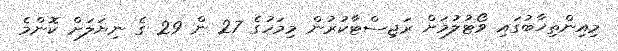
މިއިންތިޚާބުގައި ވޯޓުލުމަށް ރަޖިސްޓާކުރުން މިމަހުގެ 27 ން 29 ގެ ނިޔަލަށް ކޮންމެ